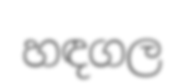
හඳගල